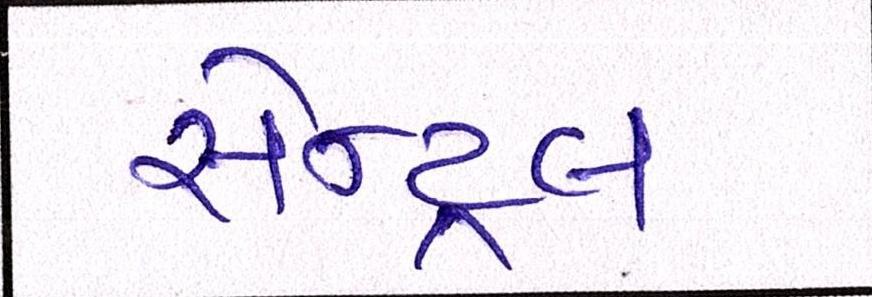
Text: સેન્ટ્રલ